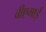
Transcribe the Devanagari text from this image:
बीएमाई